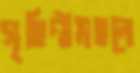
গৃহিণীমহলে